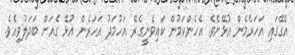
އެގޭގައި އަހަރެމެން އުޅޭށެވެ. އެހެންކަމުން ކައިވެނީގެރޭ އަހުމަދު އަހަރެން އުޅޭ ގެއަށް ބަދަލުވިއެވެ.